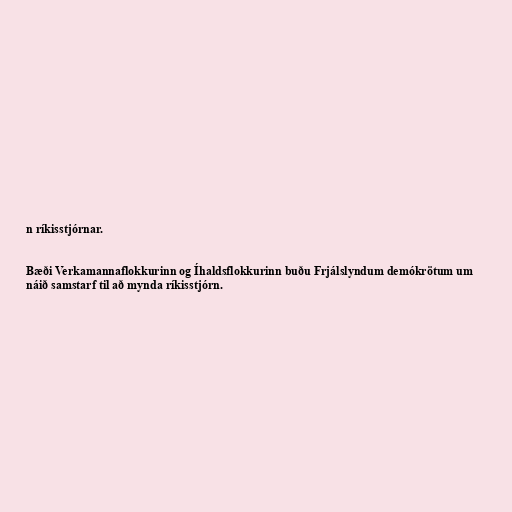
n ríkisstjórnar.

Bæði Verkamannaflokkurinn og Íhaldsflokkurinn buðu Frjálslyndum demókrötum um
náið samstarf til að mynda ríkisstjórn.